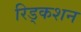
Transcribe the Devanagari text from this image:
रिड्कशन